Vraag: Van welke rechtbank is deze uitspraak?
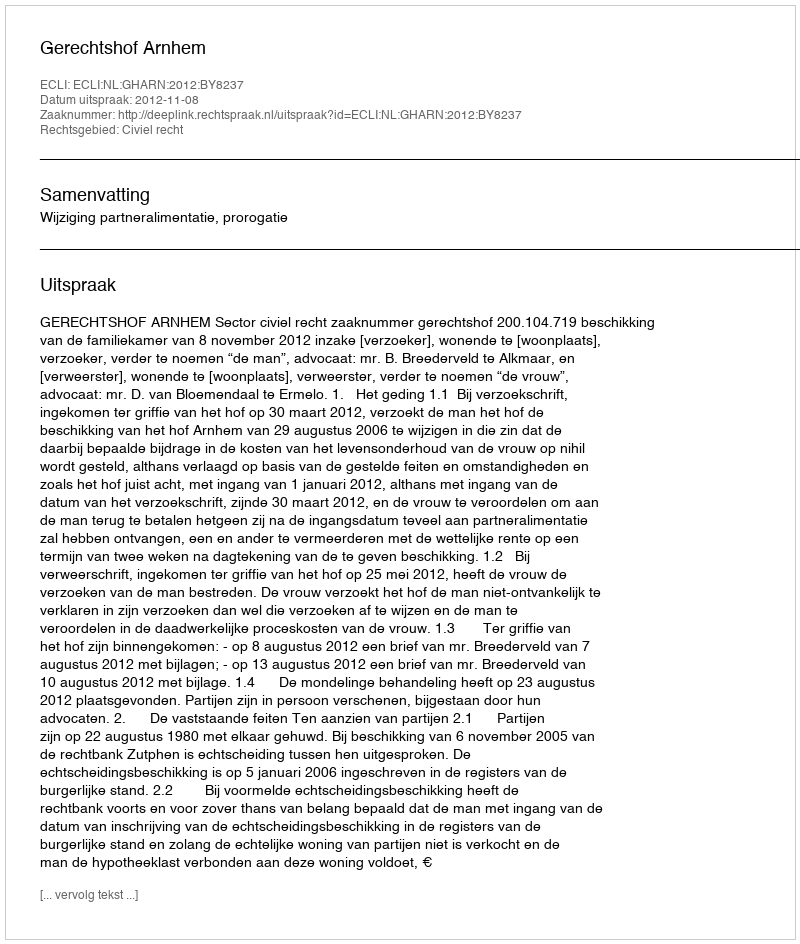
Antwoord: Gerechtshof Arnhem